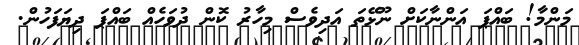
މަންމާ! ބައްޕަ އަންނާކަށް ނޫޅޭތަ އަދިވެސް މިހާރު ކޮން ދުވަހެއް ބައްޕަ ދިޔަފަހުން.